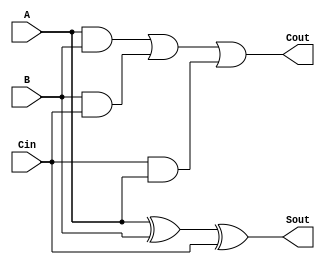
// This program was cloned from: https://github.com/ekb0412/100DaysofRTL
// License: Apache License 2.0

`timescale 1ns / 1ps

module full_adder( 
    input A, B, Cin,
    output reg Sout, Cout
    );
    
    always@(*) begin
        Sout = A ^ B ^ Cin;
        Cout = (A&B) | (B&Cin) | (Cin&A);
    end
endmodule


module mux(
    input a,b,sel,
    output reg y
    );
    always@(*)  y = (~sel&a) | (sel&b);
endmodule


module carry_select (
    input [3:0]a,b,
    input carry,
    output [3:0]sum,
    output cout
    );

    wire [16:1]w;

    full_adder fa1 (a[0], b[0], 1'b0, w[1], w[2]);
    full_adder fa2 (a[1], b[1], w[2], w[3], w[4]);
    full_adder fa3 (a[2], b[2], w[4], w[5], w[6]);
    full_adder fa4 (a[3], b[3], w[6], w[7], w[8]);

    full_adder fa5 (a[0], b[0], 1'b1, w[9], w[10]);
    full_adder fa6 (a[1], b[1], w[10], w[11], w[12]);
    full_adder fa7 (a[2], b[2], w[12], w[13], w[14]);
    full_adder fa8 (a[3], b[3], w[14], w[15], w[16]);

    mux m1(w[1], w[9], carry, sum[0]);
    mux m2(w[3], w[11], carry, sum[1]);
    mux m3(w[5], w[13], carry, sum[2]);
    mux m4(w[7], w[15], carry, sum[3]);
    mux m5(w[8], w[16], carry, cout);

endmodule